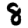
Digit: 8